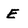
Character: E